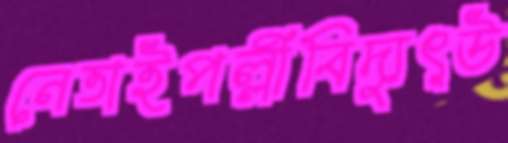
নেতাইপল্লীবিদ্যুৎউ